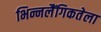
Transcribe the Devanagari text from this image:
भिन्नलैंगिकतेला